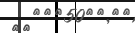
٥٨